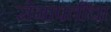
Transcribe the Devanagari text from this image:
सेनापतींचा